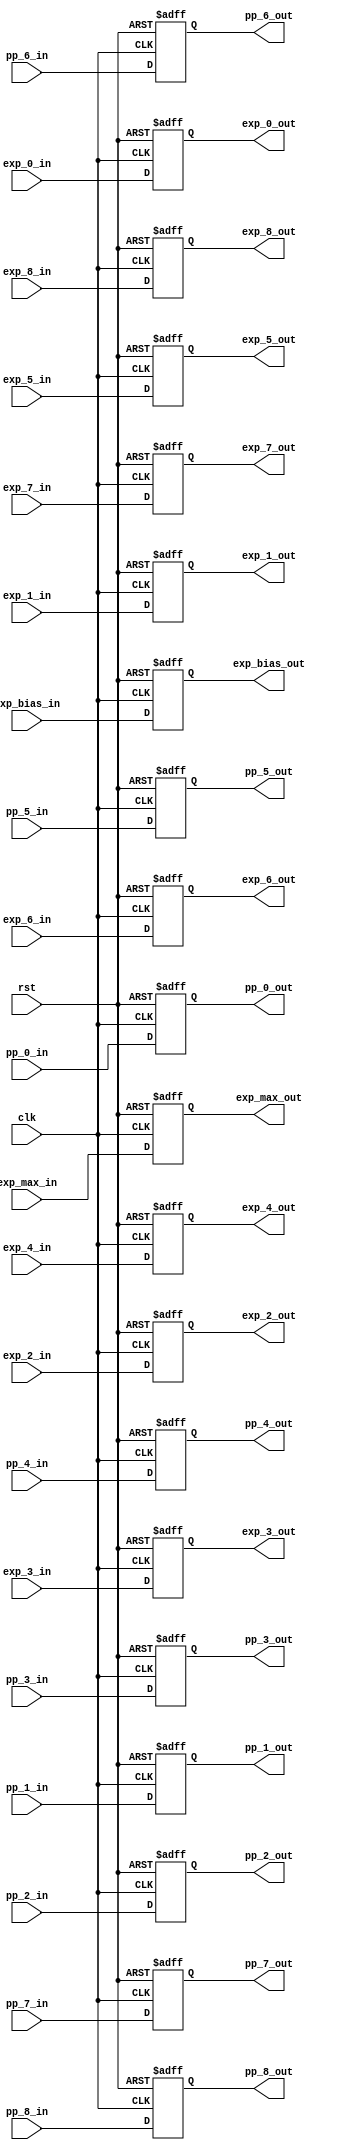
module ppg_align (
    input clk, rst, 
    input [4:0] pp_0_in, pp_1_in, pp_2_in, pp_3_in, pp_4_in, pp_5_in, pp_6_in, pp_7_in, pp_8_in,
    input [4:0] exp_0_in, exp_1_in, exp_2_in, exp_3_in, exp_4_in, exp_5_in, exp_6_in, exp_7_in, exp_8_in, 
    input [4:0] exp_max_in, exp_bias_in, 
    output reg [4:0] pp_0_out, pp_1_out, pp_2_out, pp_3_out, pp_4_out, pp_5_out, pp_6_out, pp_7_out, pp_8_out,
    output reg [4:0] exp_0_out, exp_1_out, exp_2_out, exp_3_out, exp_4_out, exp_5_out, exp_6_out, exp_7_out, exp_8_out, 
    output reg [4:0] exp_max_out, exp_bias_out
);
    
    always @(posedge clk or negedge rst) begin
        if (!rst) begin
            pp_0_out <= 0;
            pp_1_out <= 0;
            pp_2_out <= 0;
            pp_3_out <= 0;
            pp_4_out <= 0;
            pp_5_out <= 0;
            pp_6_out <= 0;
            pp_7_out <= 0;
            pp_8_out <= 0;
            exp_0_out <= 0;
            exp_1_out <= 0;
            exp_2_out <= 0;
            exp_3_out <= 0;
            exp_4_out <= 0;
            exp_5_out <= 0;
            exp_6_out <= 0;
            exp_7_out <= 0;
            exp_8_out <= 0;
            exp_max_out <= 0;
            exp_bias_out <= 0;
        end
        else begin
            pp_0_out <= pp_0_in;
            pp_1_out <= pp_1_in;
            pp_2_out <= pp_2_in;
            pp_3_out <= pp_3_in; 
            pp_4_out <= pp_4_in;
            pp_5_out <= pp_5_in;
            pp_6_out <= pp_6_in;
            pp_7_out <= pp_7_in;
            pp_8_out <= pp_8_in;
            exp_0_out <= exp_0_in;
            exp_1_out <= exp_1_in;
            exp_2_out <= exp_2_in;
            exp_3_out <= exp_3_in;
            exp_4_out <= exp_4_in;
            exp_5_out <= exp_5_in;
            exp_6_out <= exp_6_in;
            exp_7_out <= exp_7_in;
            exp_8_out <= exp_8_in;
            exp_max_out <= exp_max_in;
            exp_bias_out <= exp_bias_in;
        end
    end
endmodule